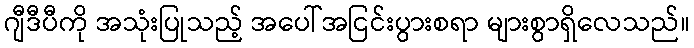
ဂျီဒီပီကို အသုံးပြုသည့် အပေါ်အငြင်းပွားစရာ များစွာရှိလေသည်။